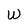
Character: W